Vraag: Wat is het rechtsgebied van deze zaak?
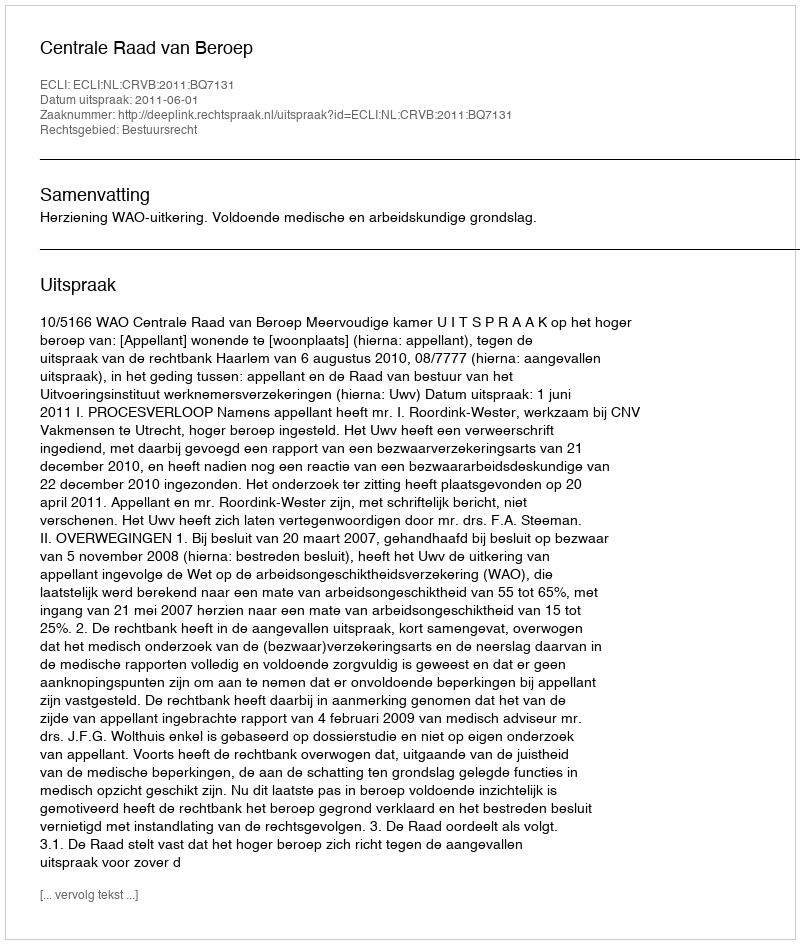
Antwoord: Bestuursrecht